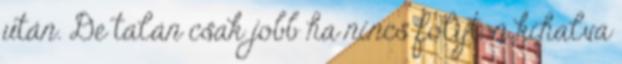
után. De talán csak jobb ha nincs folyton kihalva